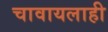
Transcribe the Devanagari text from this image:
चावायलाही